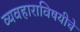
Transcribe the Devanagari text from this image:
व्यवहाराविषयीचे